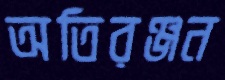
অতিরঞ্জন